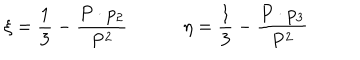
LaTeX: \xi = { \frac { 1 } { 3 } } - { \frac { P \cdot p _ { 2 } } { P ^ { 2 } } } \qquad \quad \eta = { \frac { 1 } { 3 } } - { \frac { P \cdot p _ { 3 } } { P ^ { 2 } } }